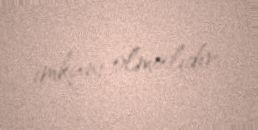
imkanı olmalıdır.